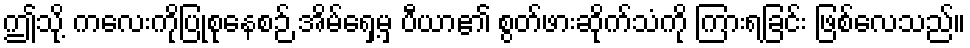
ဤသို့ ကလေးကိုပြုစုနေစဉ် အိမ်ရှေ့မှ ပီယာ၏ စွတ်ဖားဆိုက်သံကို ကြားရခြင်း ဖြစ်လေသည်။